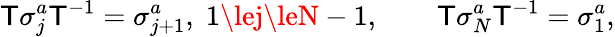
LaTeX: \mathsf{T}\sigma_{j}^{a}\mathsf{T}^{-1}=\sigma_{j+1}^{a},\; 1\lej\leN-1,\qquad\mathsf{T}\sigma_{N}^{a}\mathsf{T}^{-1}=\sigma_{1}^{a},